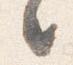
々